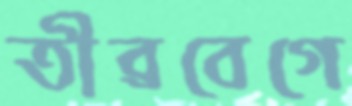
তীব্রবেগে